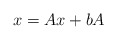
\begin{align*} x = Ax + b A \end{align*}